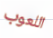
اللعوب